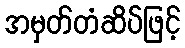
အမှတ်တံဆိပ်ဖြင့်